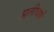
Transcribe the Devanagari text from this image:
प्रतीवर्ष